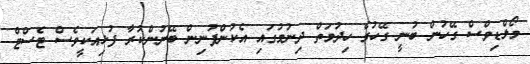
މޯލްޑިވްސް ގޭހުން ބުނީ ގޭހުގެ ހިދުމަތް ދިނުމުގައި އެކުންފުނިން ބޭނުންކުރާ ފުޅިއަކީވެސް ޓެސްޓް